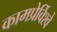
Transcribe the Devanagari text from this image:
कामप्रेर्विश्वे